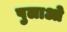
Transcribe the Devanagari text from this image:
पुलाओ